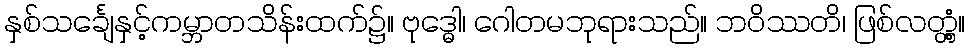
နှစ်သင်္ချေနှင့်ကမ္ဘာတသိန်းထက်၌။ ဗုဒ္ဓေါ၊ ဂေါတမဘုရားသည်။ ဘဝိဿတိ၊ ဖြစ်လတ္တံ့။